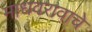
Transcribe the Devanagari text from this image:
माधवरावाचे